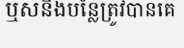
ឬសនិងបន្លែត្រូវបានគេ